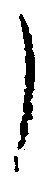
了